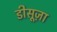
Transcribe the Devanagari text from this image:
डीसूज़ा